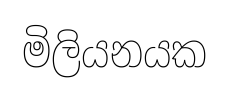
මිලියනයක